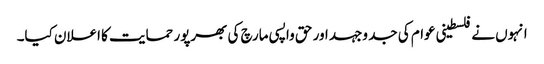
انہوں نے فلسطینی عوام کی جد وجہد اور حق واپسی مارچ کی بھرپور حمایت کا اعلان کیا۔